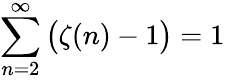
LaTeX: \sum_{n=2}^{\infty}{\bigl(}\zeta(n)-1{\bigr)}=1